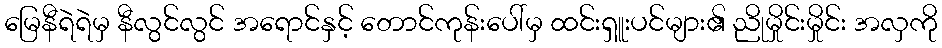
မြေနီရဲရဲမှ နီလွင်လွင် အရောင်နှင့် တောင်ကုန်းပေါ်မှ ထင်းရှူးပင်များ၏ ညိုမှိုင်းမှိုင်း အလှကို